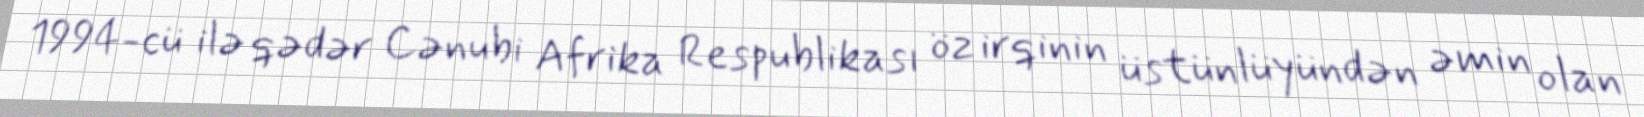
1994-cü ilə qədər Cənubi Afrika Respublikası öz irqinin üstünlüyündən əmin olan